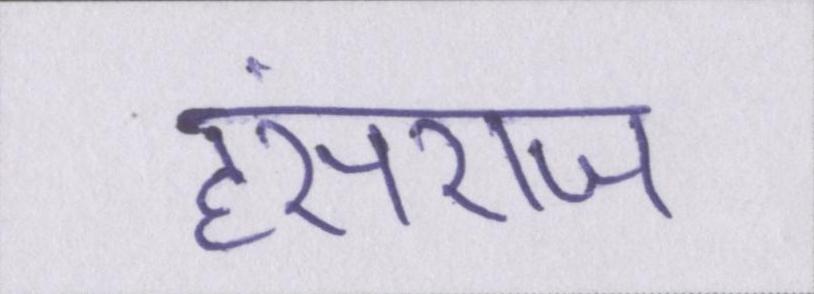
हंसराज